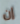
إن